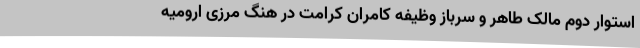
استوار دوم مالک طاهر و سرباز وظیفه کامران کرامت در هنگ مرزی ارومیه